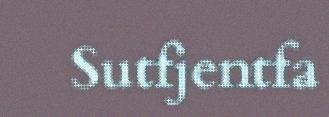
Sutfjentfa